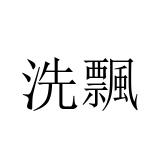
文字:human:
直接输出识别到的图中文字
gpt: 洗飄